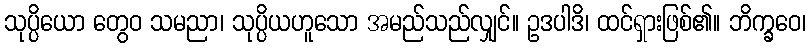
သုပ္ပိယော တွေဝ သမညာ၊ သုပ္ပိယဟူသော အမည်သည်လျှင်။ ဥဒပါဒိ၊ ထင်ရှားဖြစ်၏။ ဘိက္ခဝေ၊